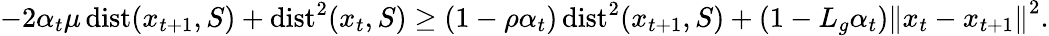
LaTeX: \begin{array}{r}{-2\alpha_{t}\mu\operatorname{dist}(x_{t+1},S)+\operatorname{dist}^{2}(x_{t},S)\geq\left({1}-{\rho}\alpha_{t}\right)\operatorname{dist}^{2}(x_{t+1},S)+\left(1-{L_{g}}\alpha_{t}\right)\left\Vert x_{t}-x_{t+1}\right\Vert^{2}.}\end{array}